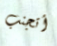
أتجنب